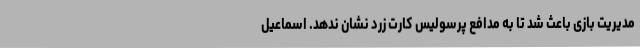
مدیریت بازی باعث شد تا به مدافع پرسولیس کارت زرد نشان ندهد. اسماعیل